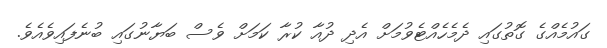
ގައުމެއްގެ ގޮތުގައި ދެމެހެއްޓެވުމަށް އެދި ދުއާ ކުރާ ކަމަށް ވެސް ބަޔާނުގައި ބުނެފައިވެއެވެ.